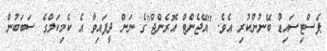
ޕެސްޓިސައިޑް ބޭނުންކުރި އެވެ. "އޭޖެންޓް އޮރެންޖް"ގެ ނަން ދީފައިވާ އެ ކެމިކަލްގެ ސަބަބުން